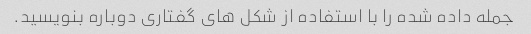
جمله داده شده را با استفاده از شکل های گفتاری دوباره بنویسید.